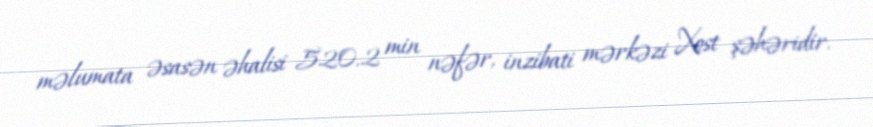
məlumata əsasən əhalisi 520.2 min nəfər, inzibati mərkəzi Xost şəhəridir.